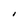
Character: I